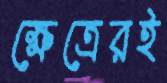
ক্ষেত্রেরই